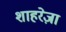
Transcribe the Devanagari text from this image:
शाहरेज़ा